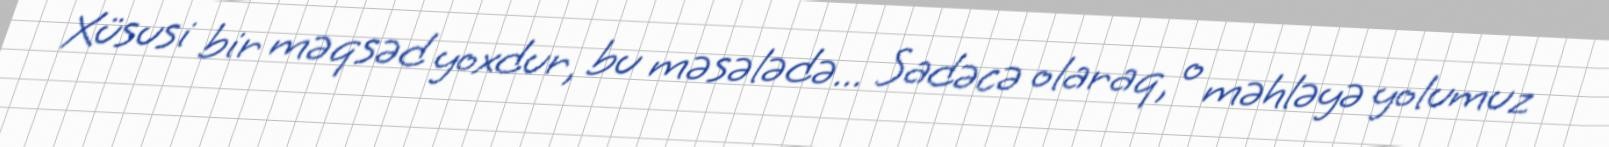
Xüsusi bir məqsəd yoxdur, bu məsələdə... Sadəcə olaraq, o məhləyə yolumuz